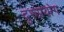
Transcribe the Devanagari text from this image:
दुरुप्रयोग